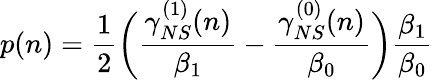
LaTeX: p(n)=\frac{1}{2}\bigg(\frac{\gamma_{NS}^{(1)}(n)}{\beta_{1}}-\frac{\gamma_{NS}^{(0)}(n)}{\beta_{0}}\bigg)\frac{\beta_{1}}{\beta_{0}}